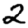
Digit: 2